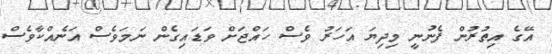
އޭގެ އިތުރުން ފެނުނީ މިދިޔަ އަހަރު ވެސް ހައްޖަށް ވަޑައިގެން ނަމަވެސް އަނެއްކާވެސް